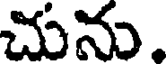
చును.